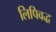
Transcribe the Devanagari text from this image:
लिपिवद्ध